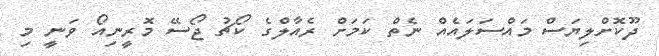
ދޫކޮށްލިޔަސް މައްސަލައެއް ނެތް ކަމަށް ރެއާލްގެ ކޯޗު ޖޯސޭ މޮރީނިއޯ ވަނީ މި